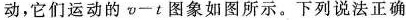
动，它们运动的v-t图象如图所示。下列说法正确